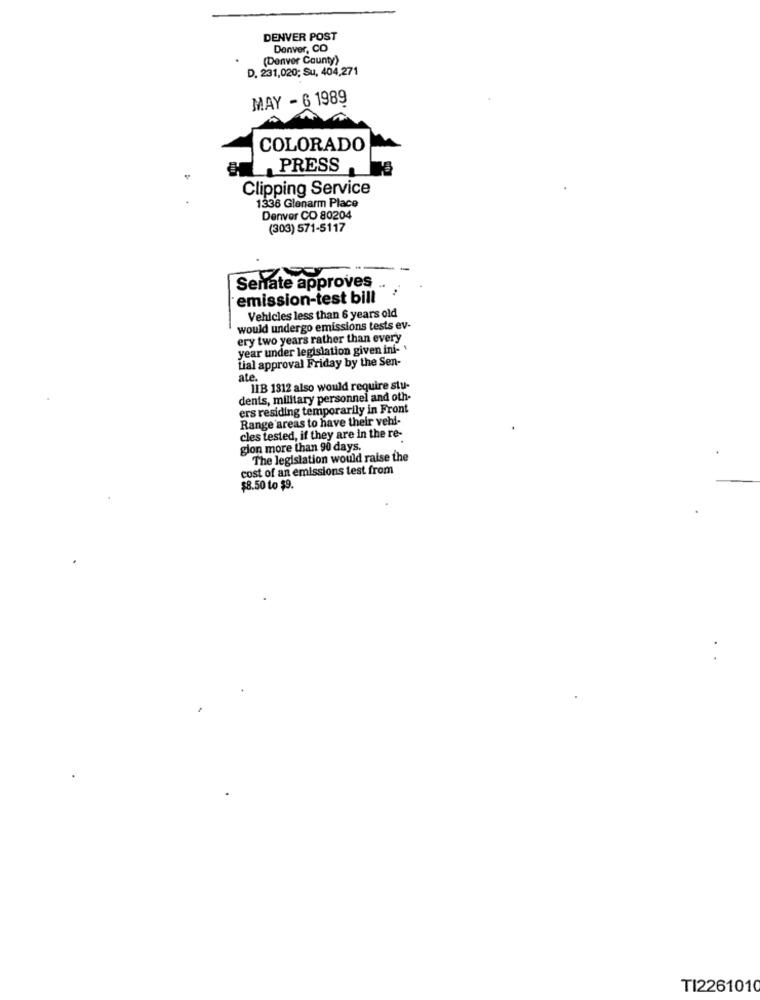
DENVER POST
Denver, CO
(Denver County)
D. 231,020; Su, 404,271
MAY - 6 1989
COLORADO
PRESS
Clipping Service
1336 Glenarm Place
Denver CO 80204
(303) 571-5117
Senate approves
emission-test bill
Vehicles less than 6 years old
would undergo emissions tests ev-
ery two years rather than every
year under legislation given ini-
tial approval Friday by the Sen-
ate.
IIB 1812 also would require stu-
dents, military personnel and oth-
ers residing temporarily in Front
Range areas to have their vehl-
cles tested, if they are in the re-
glon more than 90 days.
The legislation would raise the
cost of an emissions test from
$8.50 to $9.
TI2261010